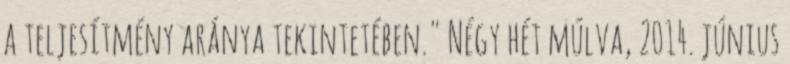
a teljesítmény aránya tekintetében." Négy hét múlva, 2014. június